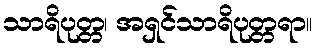
သာရိပုတ္တ၊ အရှင်သာရိပုတ္တရာ။